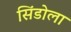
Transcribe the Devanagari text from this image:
सिंडोला